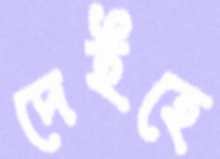
দেইহে